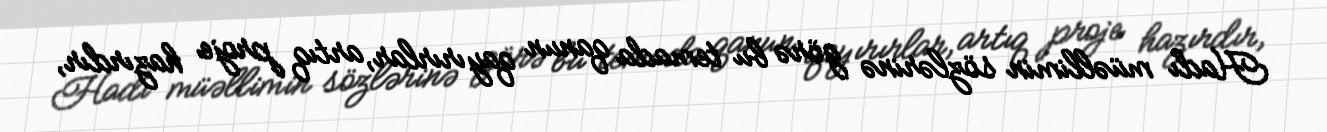
Hadı müəllimin sözlərinə görə bu temada qanun qayırırlar, artıq proje hazırdır,